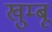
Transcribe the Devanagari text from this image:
खुम्बू